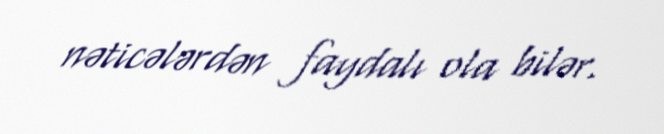
nəticələrdən faydalı ola bilər.